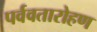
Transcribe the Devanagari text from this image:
पर्ववतारोहण